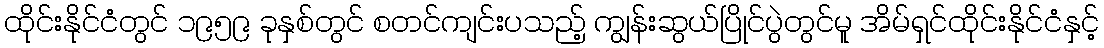
ထိုင်းနိုင်ငံတွင် ၁၉၅၉ ခုနှစ်တွင် စတင်ကျင်းပသည့် ကျွန်းဆွယ်ပြိုင်ပွဲတွင်မူ အိမ်ရှင်ထိုင်းနိုင်ငံနှင့်